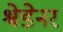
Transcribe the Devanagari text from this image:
श्वेडेनर